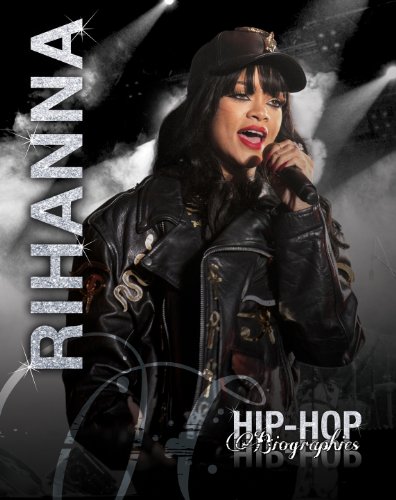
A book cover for Rihanna (Hip-Hop Biographies); Saddleback Educational Publishing; Teen & Young Adult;